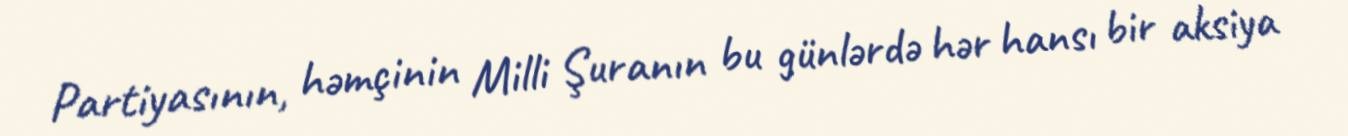
Partiyasının, həmçinin Milli Şuranın bu günlərdə hər hansı bir aksiya